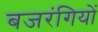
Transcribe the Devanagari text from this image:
बजरंगियों